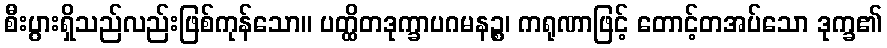
စီးပွားရှိသည်လည်းဖြစ်ကုန်သော။ ပတ္ထိတဒုက္ခာပဂမနဉ္စ၊ ကရုဏာဖြင့် တောင့်တအပ်သော ဒုက္ခ၏